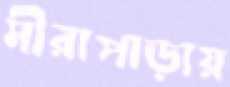
মীরাপাড়ায়